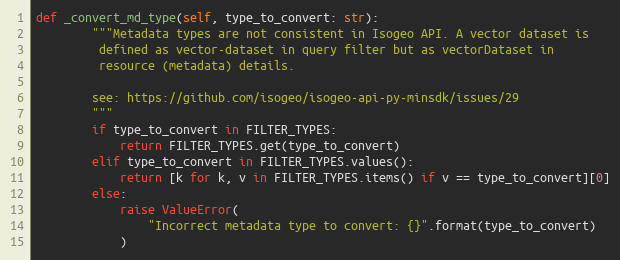
Language: Python
def _convert_md_type(self, type_to_convert: str):
        """Metadata types are not consistent in Isogeo API. A vector dataset is
         defined as vector-dataset in query filter but as vectorDataset in
         resource (metadata) details.

        see: https://github.com/isogeo/isogeo-api-py-minsdk/issues/29
        """
        if type_to_convert in FILTER_TYPES:
            return FILTER_TYPES.get(type_to_convert)
        elif type_to_convert in FILTER_TYPES.values():
            return [k for k, v in FILTER_TYPES.items() if v == type_to_convert][0]
        else:
            raise ValueError(
                "Incorrect metadata type to convert: {}".format(type_to_convert)
            )